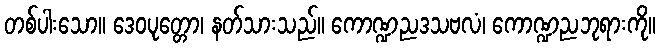
တစ်ပါးသော။ ဒေဝပုတ္တော၊ နတ်သားသည်။ ကောဏ္ဍညဒသဗလံ၊ ကောဏ္ဍညဘုရားကို။